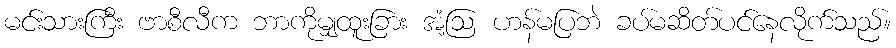
မင်းသားကြီး ဗာစီလီက ဘာကိုမျှထူးခြား အံ့ဩ ဟန်မပြဘဲ ခပ်မဆိတ်ပင်နေလိုက်သည်။